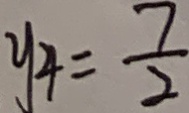
y _ { 4 } = \frac { 7 } { 2 }